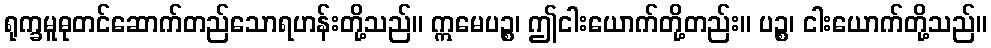
ရုက္ခမူဓုတင်ဆောက်တည်သောရဟန်းတို့သည်။ ဣမေပဉ္စ၊ ဤငါးယောက်တို့တည်း။ ပဉ္စ၊ ငါးယောက်တို့သည်။